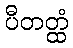
ပီတတ္ထံ